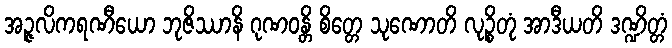
အဉ္ဇလိကရဏီယော ဘုဇိဿာနိ ဂုဏဝန္တိ စိတ္တေ သုဏောတိ လုဉ္စိတုံ အာဒီယတိ ဒဏ္ဍိတ္တံ